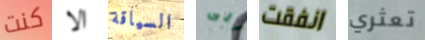
كنت الا السياقة الى انفقت تعثري